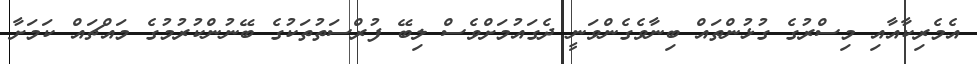
އެމެރިކާއާއި މިސްރުގެ ގުޅުންތައް ބިނާވެގެންވަނީ ދެގައުމަށްވެސް ލިބޭ ފުރްސަތުތަކުގެ ބޭނުންކުރުމުގެ މައްޗައް ކަމަށާ